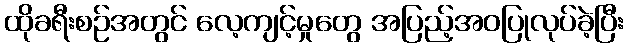
ထိုခရီးစဉ်အတွင် လေ့ကျင့်မှုတွေ အပြည့်အဝပြုလုပ်ခဲ့ပြီး